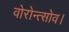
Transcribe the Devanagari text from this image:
वोरोन्त्सोव।